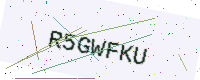
Text: R5GWFKU